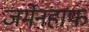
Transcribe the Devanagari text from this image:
जर्मेनहाफ